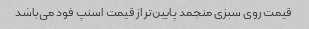
قیمت روی سبزی منجمد پایین‌تر از قیمت اسنپ فود می‌باشد